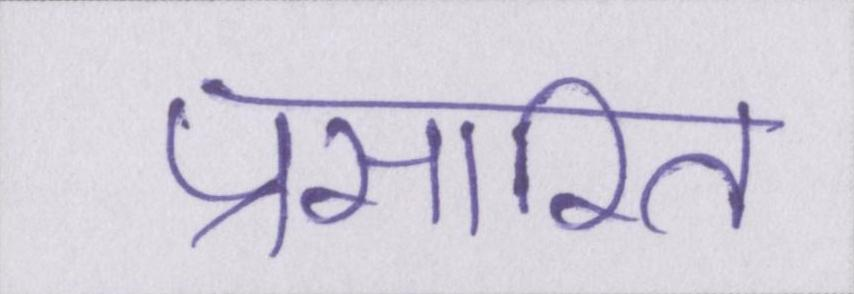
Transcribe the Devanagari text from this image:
प्रसारित